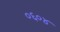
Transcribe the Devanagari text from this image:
०६०४